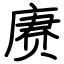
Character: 赓